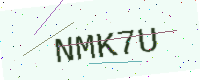
Text: NMK7U